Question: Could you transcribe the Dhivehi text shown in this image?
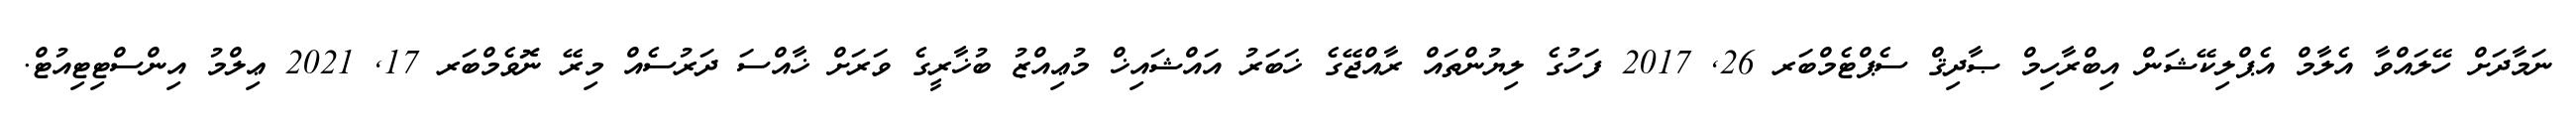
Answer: ނަމާދަށް ހޭލައްވާ އެލާމް އެޕްލިކޭޝަން އިބްރާހިމް ޞާދިޤް ސެޕްޓެމްބަރ 26, 2017 ފަހުގެ ލިޔުންތައް ރާއްޖޭގެ ޚަބަރު އައްޝައިޚް މުޢިއްޒު ބުޚާރީގެ ވަރަށް ޚާއްސަ ދަރުސެއް މިރޭ ނޮވެމްބަރ 17, 2021 ޢިލްމު އިންސްޓިޓިއުޓް.